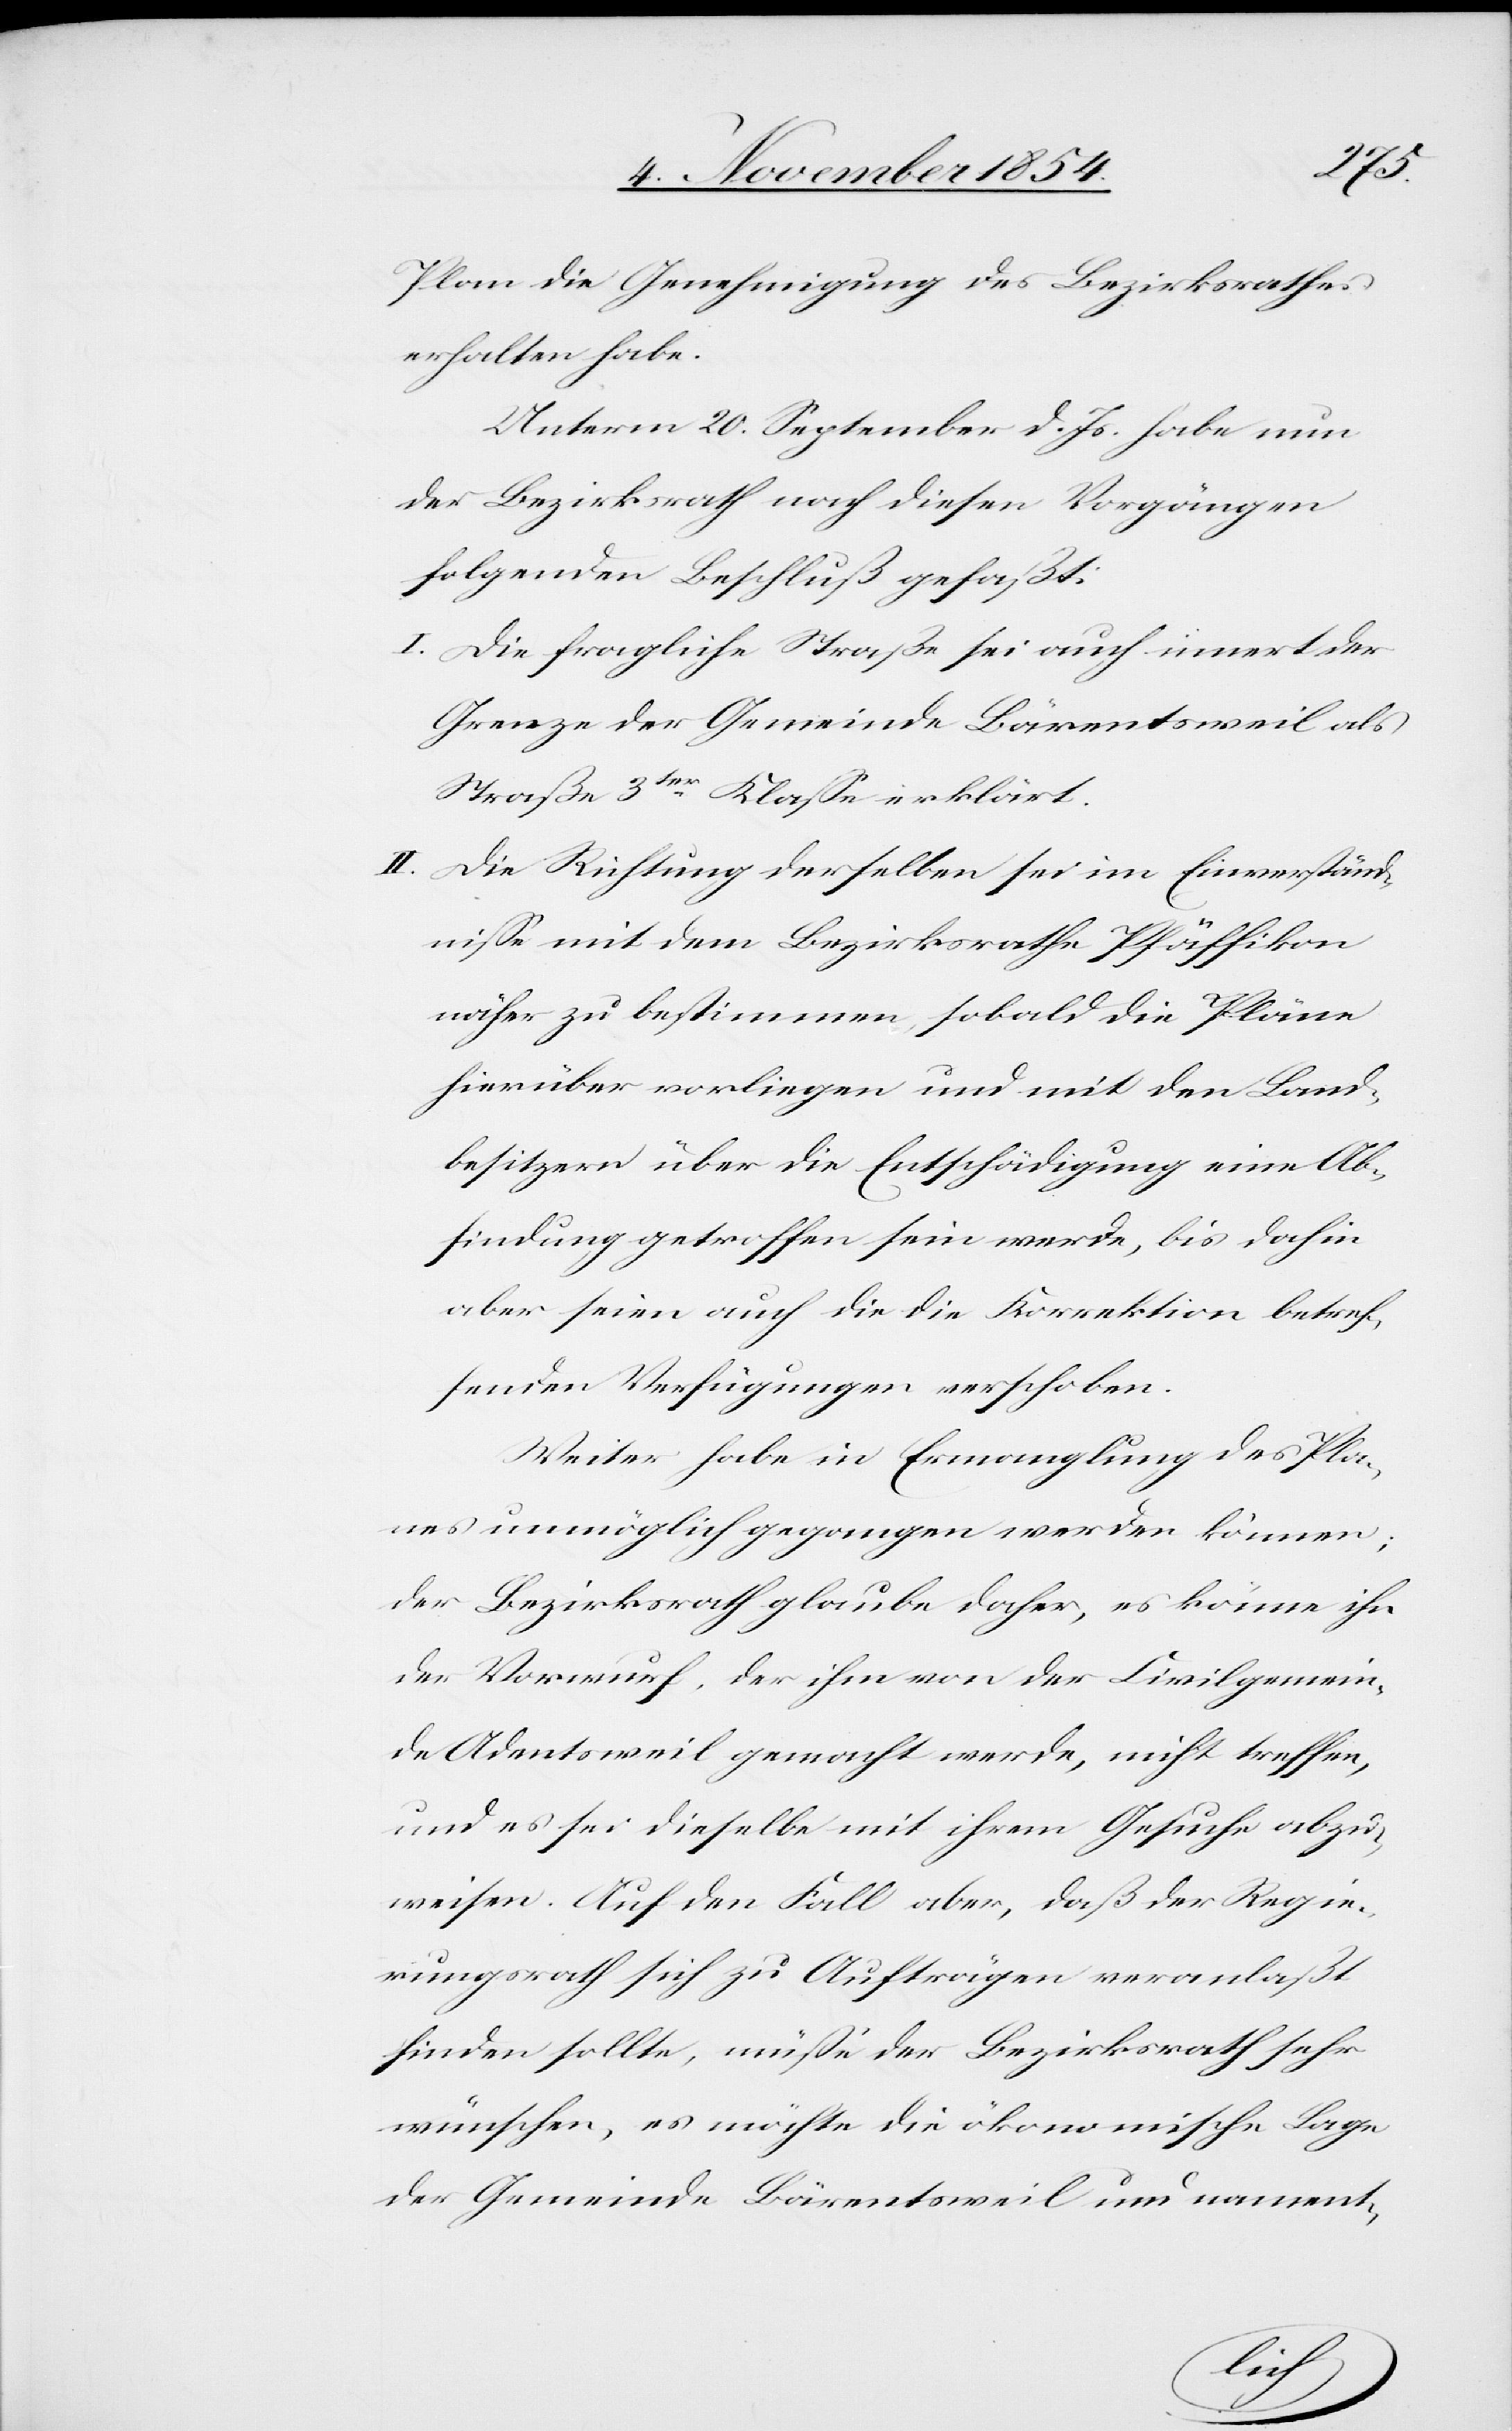
Plan die Genehmigung des Bezirksrathes
erhalten habe.
Unterm 20. September d. Js. habe nun
der Bezirksrath nach diesen Vorgängen
folgenden Beschluß gefaßt:
I. Die fragliche Straße sei auch innert der
Grenze der Gemeinde Bärentsweil als
Straße 3ter Klaße erklärt.
II. Die Richtung derselben sei im Einverständ¬
niße mit dem Bezirksrathe Pfäffikon
näher zu bestimmen, sobald die Pläne
hierüber vorliegen und mit den Land¬
besitzern über die Entschädigung eine Ab¬
findung getroffen sein werde, bis dahin
aber seien auch die die Korrektion betref¬
fenden Verfügungen verschoben.
Weiter habe in Ermangelung des Pla¬
nes unmöglich gegangen werden können;
der Bezirksrath glaube daher, es könne ihn
der Vorwurf, der ihm von der Civilgemein¬
de Adentsweil gemacht werde, nicht treffen,
und es sei dieselbe mit ihrem Gesuche abzu¬
weisen. Auf den Fall aber, daß der Regie¬
rungsrath sich zu Aufträgen veranlaßt
finden sollte, müße der Bezirksrath sehr
wünschen, es möchte die ökonomische Lage
der Gemeinde Bärentsweil und nament-